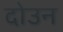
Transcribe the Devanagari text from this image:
दोउन